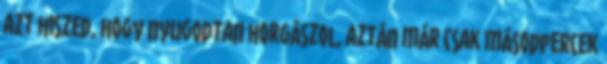
azt hiszed, hogy nyugodtan horgászol, aztán már csak másodpercek